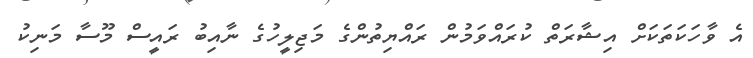
އެ ވާހަކަތަކަށް އިޝާރަތް ކުރައްވަމުން ރައްޔިތުންގެ މަޖިލީހުގެ ނާއިބު ރައީސް މޫސާ މަނިކު